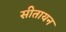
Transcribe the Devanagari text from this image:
सीतायन